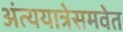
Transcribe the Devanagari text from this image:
अंत्ययात्रेसमवेत